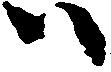
ハ